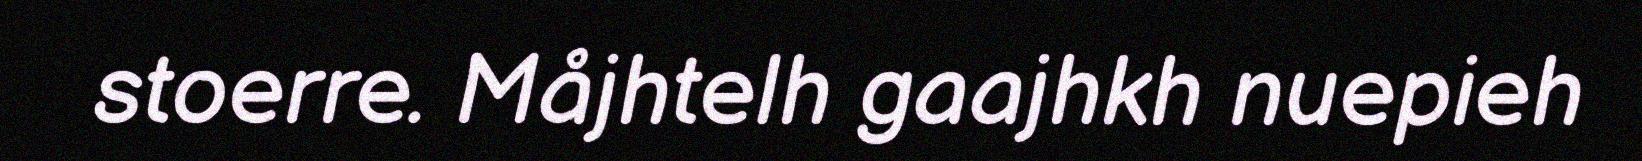
stoerre. Måjhtelh gaajhkh nuepieh